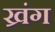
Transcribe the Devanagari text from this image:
ख्रंग